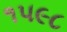
૧૫૯૮